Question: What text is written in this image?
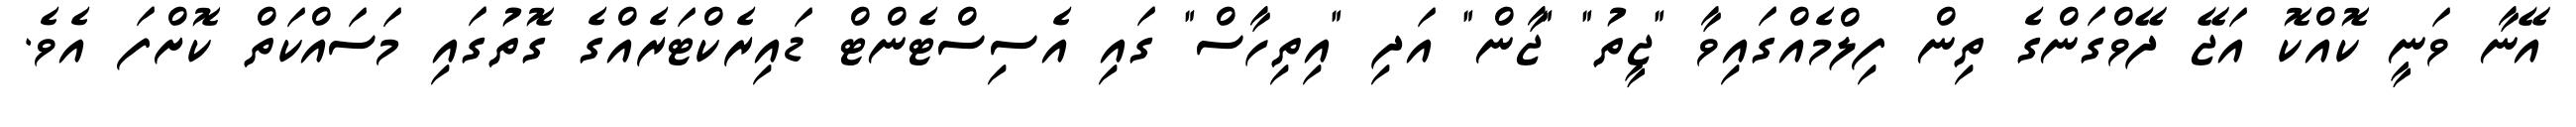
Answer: އޭނާ ވަނީ ކޮއްކޮ އަޖޭ ދޭވްގަންގެ ތިން ފިލްމެއްގައިވާ "ޖީތު" "ޖާން" އަދި "އިތިހާސް" ގައި އެސިސްޓެންޓް ޑައިރެކްޓަރެއްގެ ގޮތުގައި މަސައްކަތް ކޮށްފަ އެވެ.